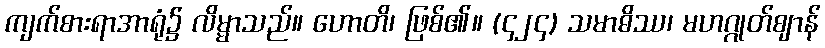
ကျက်စားရာအာရုံ၌ လိမ္မာသည်။ ဟောတိ၊ ဖြစ်၏။ (၄၂၄) သမာဓိဿ၊ မဟဂ္ဂုတ်ဈာန်